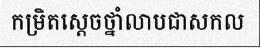
កម្រិតស្តេចថ្នាំលាបជាសកល